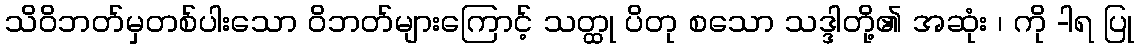
သိဝိဘတ်မှတစ်ပါးသော ဝိဘတ်များကြောင့် သတ္ထု ပိတု စသော သဒ္ဒါတို့၏ အဆုံး ၊ ကို -ါရ ပြု